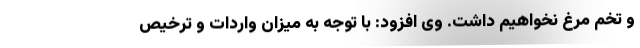
و تخم مرغ نخواهیم داشت. وی افزود: با توجه به میزان واردات و ترخیص